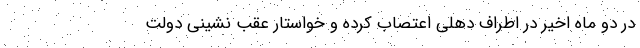
در دو ماه اخیر در اطراف دهلی اعتصاب کرده و خواستار عقب نشینی دولت